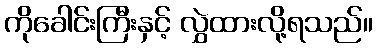
ကိုခေါင်းကြီးနှင့် လွှဲထားလို့ရသည်။